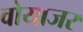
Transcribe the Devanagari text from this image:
वोयाजर